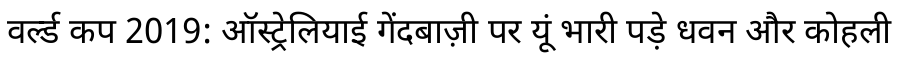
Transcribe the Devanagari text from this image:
वर्ल्ड कप 2019: ऑस्ट्रेलियाई गेंदबाज़ी पर यूं भारी पड़े धवन और कोहली